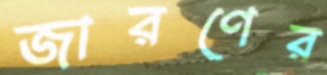
জারণের